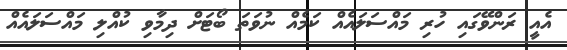
އެއީ ރަންވޭގައި ހުރި މައްސަލައެއް ކަމެއް ނުވަތަ ބޯޓަށް ދިމާވި ކުއްލި މައްސަލައެއް